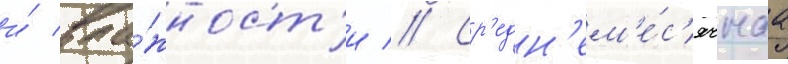
и́ вла́жност'и // Ср'едн'ем'е́с'ячнаа